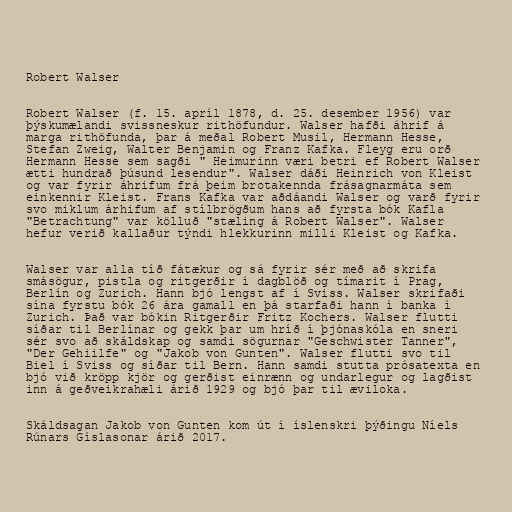
Robert Walser

Robert Walser (f. 15. apríl 1878, d. 25. desember 1956) var
þýskumælandi svissneskur rithöfundur. Walser hafði áhrif á
marga rithöfunda, þar á meðal Robert Musil, Hermann Hesse,
Stefan Zweig, Walter Benjamin og Franz Kafka. Fleyg eru orð
Hermann Hesse sem sagði " Heimurinn væri betri ef Robert Walser
ætti hundrað þúsund lesendur". Walser dáði Heinrich von Kleist
og var fyrir áhrifum frá þeim brotakennda frásagnarmáta sem
einkennir Kleist. Frans Kafka var aðdáandi Walser og varð fyrir
svo miklum árhifum af stílbrögðum hans að fyrsta bók Kafla
"Betrachtung" var kölluð "stæling á Robert Walser". Walser
hefur verið kallaður týndi hlekkurinn milli Kleist og Kafka.

Walser var alla tíð fátækur og sá fyrir sér með að skrifa
smásögur, pistla og ritgerðir í dagblöð og tímarit í Prag,
Berlín og Zurich. Hann bjó lengst af í Sviss. Walser skrifaði
sína fyrstu bók 26 ára gamall en þá starfaði hann í banka í
Zurich. Það var bókin Ritgerðir Fritz Kochers. Walser flutti
síðar til Berlínar og gekk þar um hríð í þjónaskóla en sneri
sér svo að skáldskap og samdi sögurnar "Geschwister Tanner",
"Der Gehiilfe" og "Jakob von Gunten". Walser flutti svo til
Biel í Sviss og síðar til Bern. Hann samdi stutta prósatexta en
bjó við kröpp kjör og gerðist einrænn og undarlegur og lagðist
inn á geðveikrahæli árið 1929 og bjó þar til æviloka.

Skáldsagan Jakob von Gunten kom út í íslenskri þýðingu Níels
Rúnars Gíslasonar árið 2017.